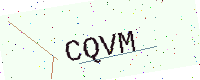
Text: CQVM